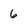
Character: 6